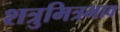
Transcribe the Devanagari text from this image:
शत्रुमित्रभाव